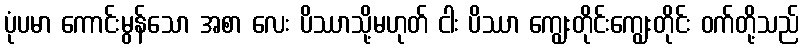
ပုံပမာ ကောင်းမွန်သော အစာ လေး ပိဿာသို့မဟုတ် ငါး ပိဿာ ကျွေးတိုင်းကျွေးတိုင်း ဝက်တို့သည်